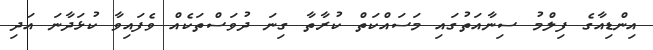
އިންޑިއާގެ ފިލްމު ސިނާއަތުގައި މަސައްކަތް ކުރާތާ ގިނަ ދުވަސްތަކެއް ވެފައިވާ ކުޅަދާނަ އަދި